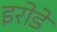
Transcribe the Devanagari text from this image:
इरोडे